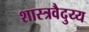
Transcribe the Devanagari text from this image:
शास्त्रवैदुय्य